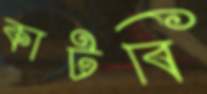
কাটবি